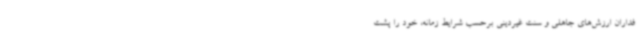
فداران ارزش‌های جاهلی و سنت غیردینی برحسب شرایط زمانه، خود را پشت